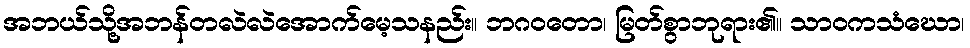
အဘယ်သို့အဘန်တလဲလဲအောက်မေ့သနည်း။ ဘဂဝတော၊ မြတ်စွာဘုရား၏။ သာဝကသံဃော၊